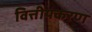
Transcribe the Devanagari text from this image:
वित्तीयकरण